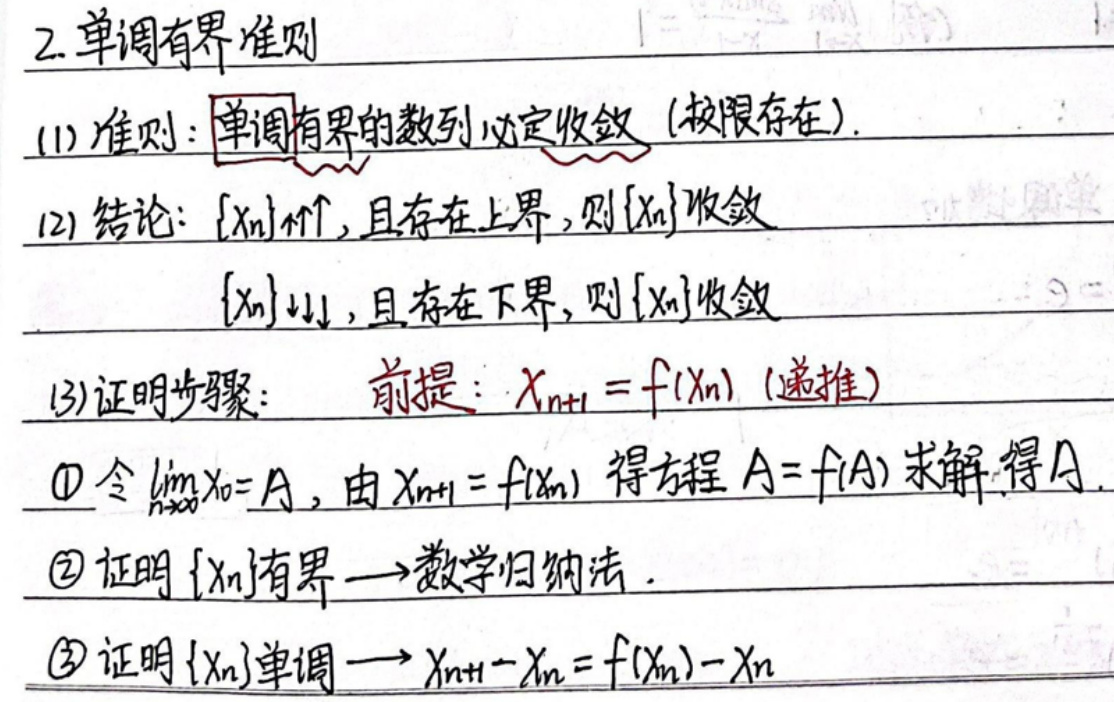
2. 单调有界准则
(1) 准则：单调有界的数列必定收敛（极限存在）.
(2) 结论：\(\{x_n\}\uparrow\)，且存在上界，则\(\{x_n\}\)收敛
\(\{x_n\}\downarrow\)，且存在下界，则\(\{x_n\}\)收敛
(3) 证明步骤：前提：\(x_{n + 1}=f(x_n)\)（递推）
\textcircled{1} 令\(\lim_{n\rightarrow\infty}x_n = A\)，由\(x_{n + 1}=f(x_n)\)得方程\(A = f(A)\)求解得\(A\).
\textcircled{2} 证明\(\{x_n\}\)有界\(\rightarrow\)数学归纳法.
\textcircled{3} 证明\(\{x_n\}\)单调\(\rightarrow x_{n + 1}-x_n=f(x_n)-x_n\)